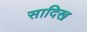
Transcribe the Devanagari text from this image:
सादिख